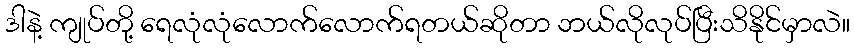
ဒါနဲ့ ကျုပ်တို့ ရေလုံလုံလောက်လောက်ရတယ်ဆိုတာ ဘယ်လိုလုပ်ပြီးသိနိုင်မှာလဲ။